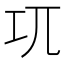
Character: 𭘄